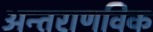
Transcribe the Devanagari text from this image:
अन्तराणविक